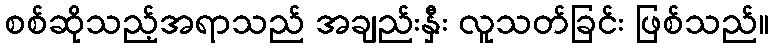
စစ်ဆိုသည့်အရာသည် အချည်းနှီး လူသတ်ခြင်း ဖြစ်သည်။